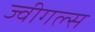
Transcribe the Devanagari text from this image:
ज्वीगल्स